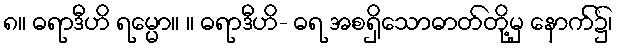
၈။ ဓရာဒီဟိ ရမ္မော။ ။ ဓရာဒီဟိ- ဓရ အစရှိသောဓာတ်တို့မှ နောက်၌၊